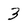
Character: 3